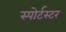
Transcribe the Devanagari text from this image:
स्पोर्टस्टर